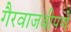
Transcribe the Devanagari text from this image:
गैरवाजवीपणे